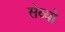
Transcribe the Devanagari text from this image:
सेव्यो